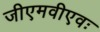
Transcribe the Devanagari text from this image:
जीएमवीएवः